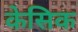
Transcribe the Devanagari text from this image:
केसिक